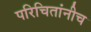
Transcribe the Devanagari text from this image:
परिचितांनीच